Annual report of the Camel Specialist
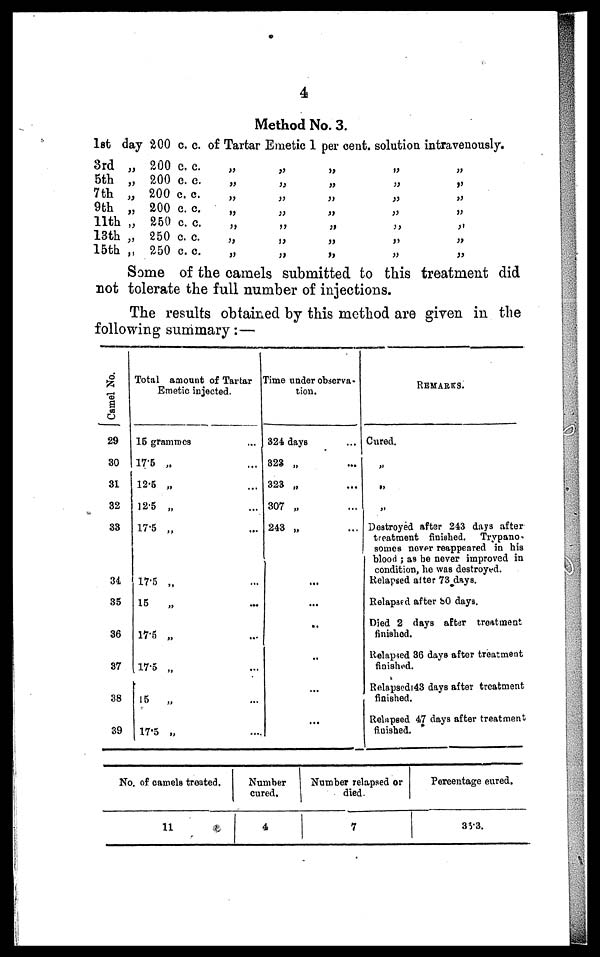
4
Method No. 3.
1st day
3rd „
5th „
7th „
9th „
11th „
13th „
15th „
200 c.c.
200 c. c.
200 c. c.
200 c. c.
200 c. c.
250 c. c.
250 c. c.
250 c. c.
of Tartar Emetic 1 per
„ „ „
„ „ „
„ „ „
„ „ „
„ „ „
„ „ „
„ „ „
cent. solution intravenously.
„
„
„
„
„
„
„
„
„
„
„
„
„
„
Some of the camels submitted to this treatment did
not tolerate the full number of injections.
The results obtained by this method are given in the
following summary:—
Camel No.
29
30
31
32
33
34
35
36
37
38
39
Total amount of Tartar
Emetic injected.
15 grammes ...
17.5 „ ...
12.5 „ ...
12.5 „ ...
17.5 „ ...
17.5 „ ...
15
„ ...
17.5 „ ...
17.5 „ ...
15
„ ...
17.5 „ ...
Time under observa-
tion.
324 days ...
323 „ ...
323 „ ...
307 „ ...
243 „ ...
...
...
...
...
...
...
REMARKS.
Cured.
„
„
„
Destroyed after 243 days after
treatment finished. Trypano-
somes never reappeared in his
blood ; as he never improved in
condition, he was destroyed.
Relapsed after 73 days.
Relapsed after 80 days.
Died 2 days after treatment
finished.
Relapsed 36 days after treatment
finished.
Relapsed 43 days after treatment
finished.
Relapsed 47 days after treatment
finished.
No. of camels treated.
11
Number
cured.
4
Number relapsed or
died.
7
Percentage eured.
36.3.